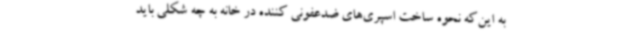
به این‌که نحوه ساخت اسپری‌های ضدعفونی کننده در خانه به چه شکلی باید